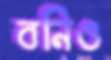
বনিও